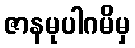
ဇာနမုပါဂမိမှ